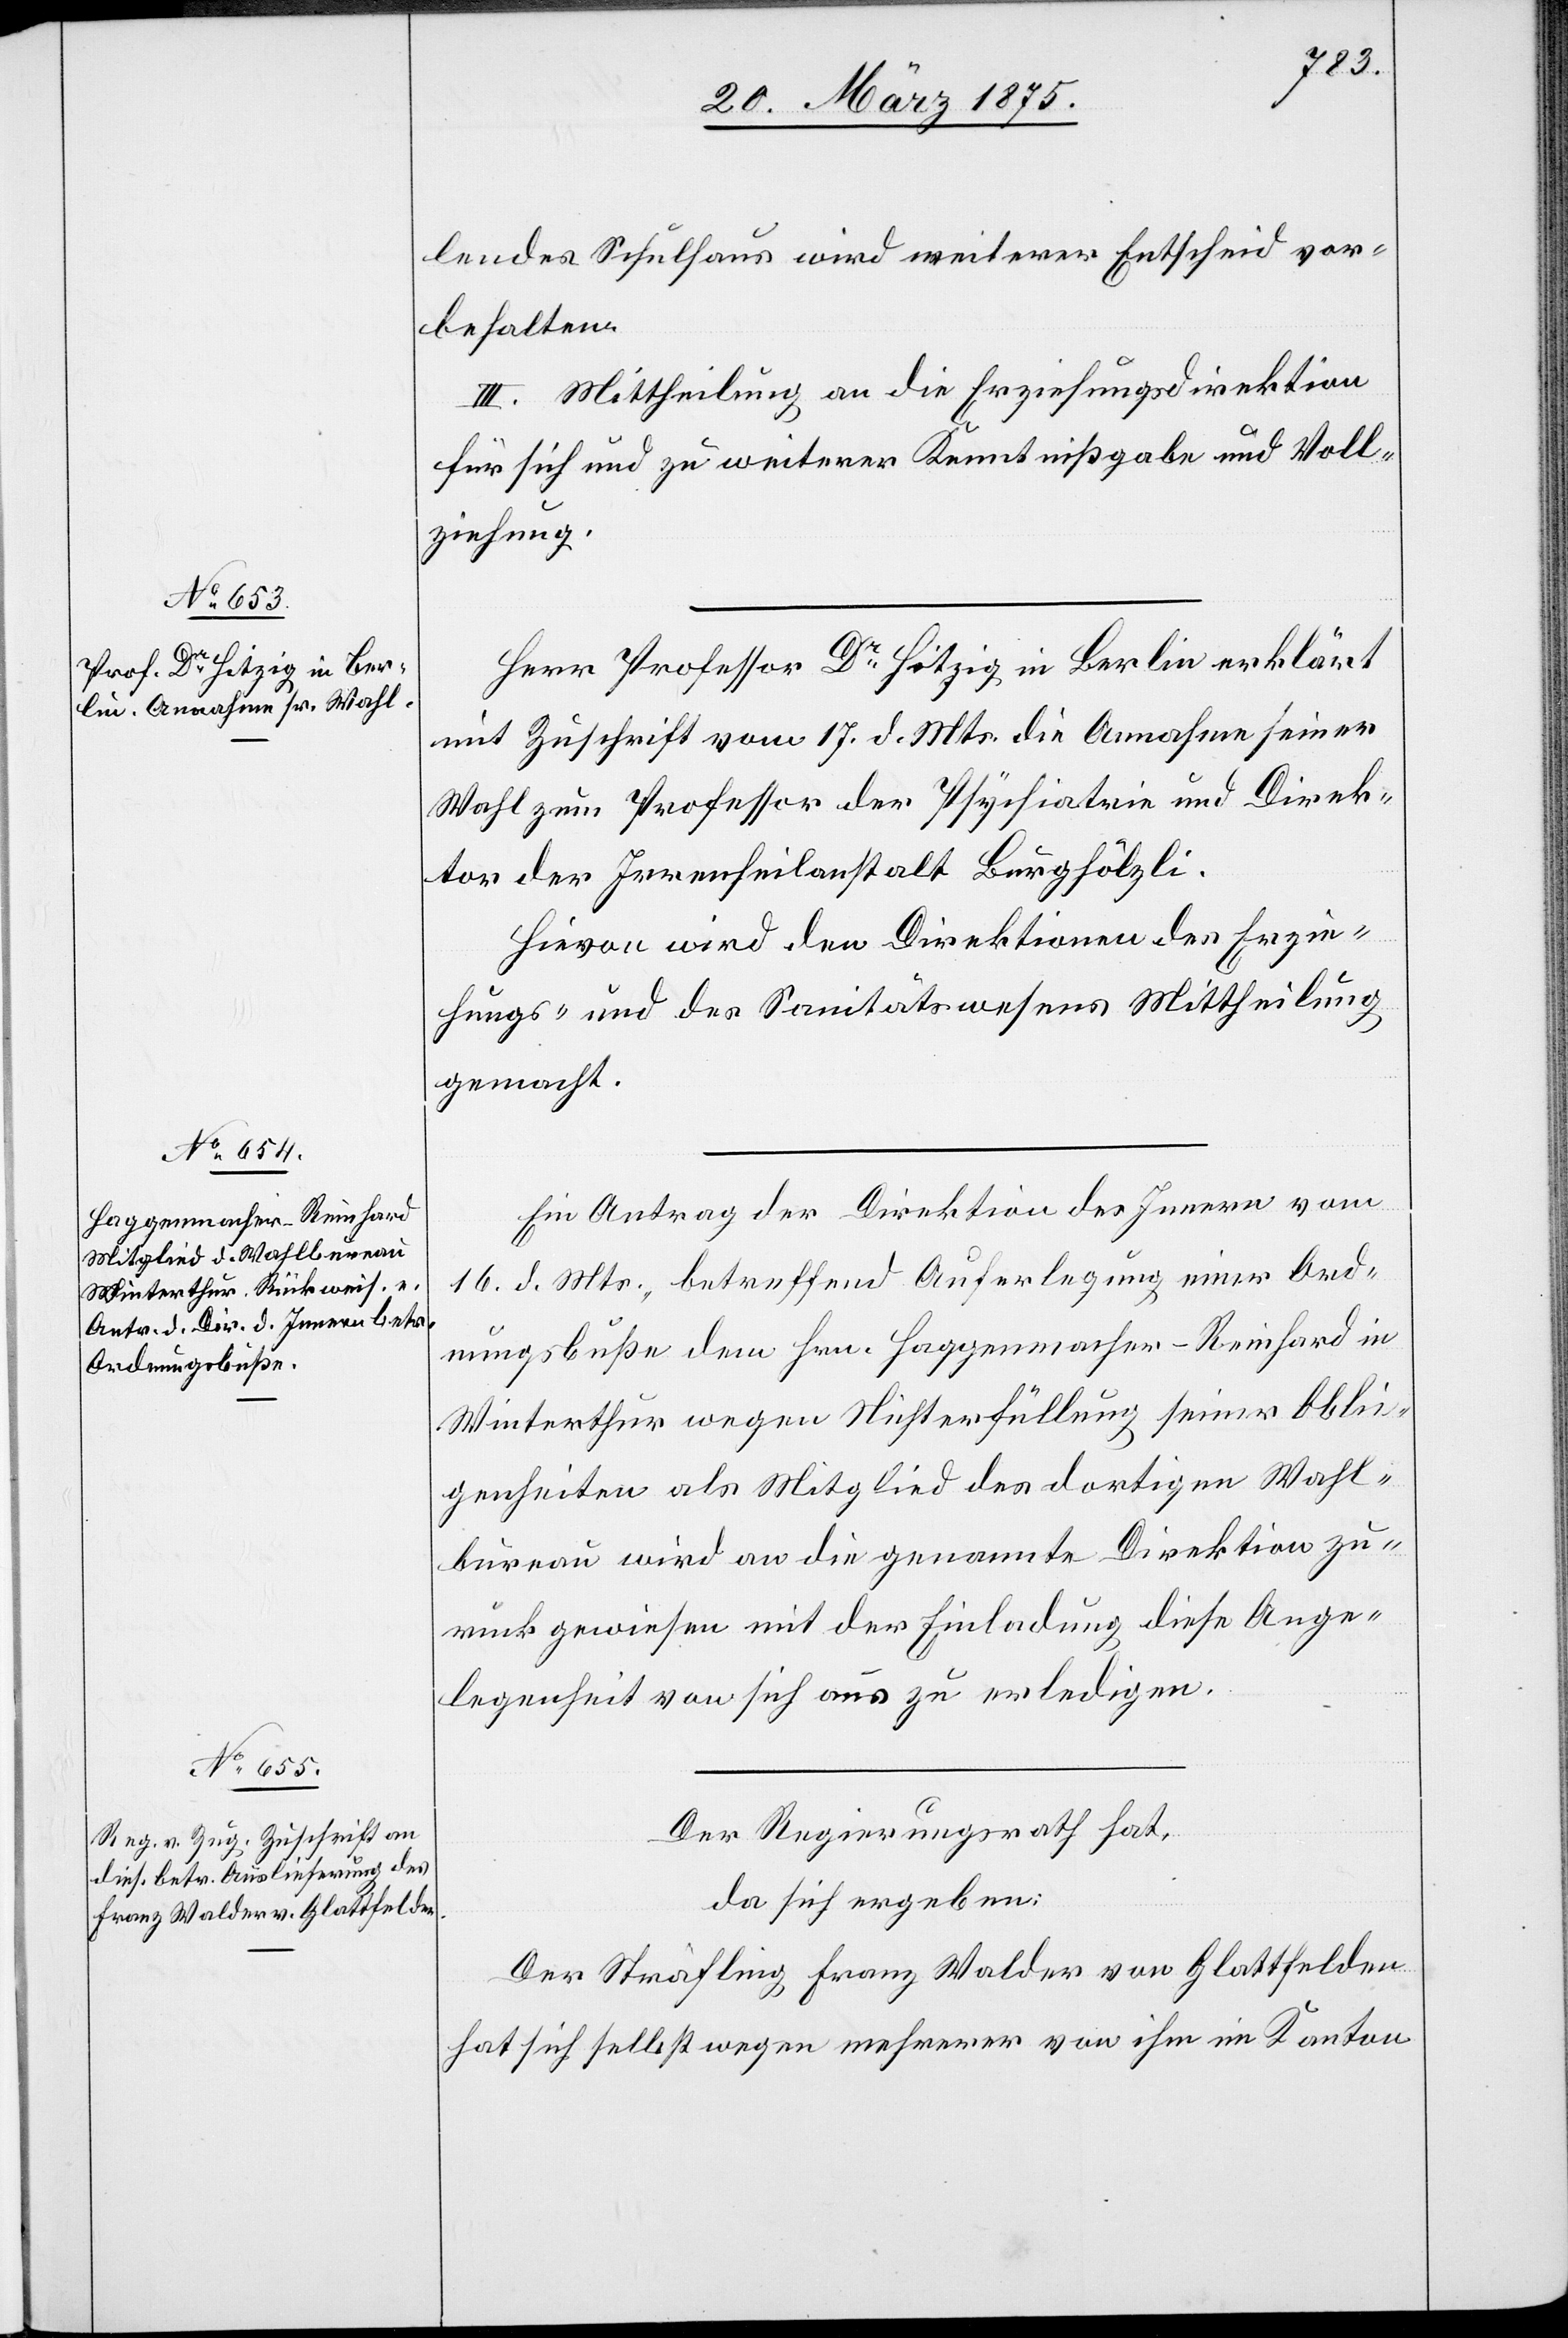
lendes Schulhaus wird weiterer Entscheid vor¬
behalten.
III. Mittheilung an die Erziehungsdirektion
für sich und zu weiterer Kenntnißgabe und Voll¬
ziehung.
Herr Professor Dr Hitzig in Berlin erklärt
mit Zuschrift vom 17. d. Mts die Annahme seiner
Wahl zum Professor der Psychiatrie und Direk¬
tor der Irrenheilanstalt Burghölzli.
Hievon wird den Direktionen der Erzie¬
hungs- und des Sanitätswesens Mittheilung
gemacht.
Ein Antrag der Direktion des Innern vom
16. d. Mts., betreffend Auferlegung einer Ord¬
nungsbuße dem Hrn. Haggenmacher-Reinhard in
Winterthur wegen Nichterfüllung seiner Oblie¬
genheiten als Mitglied des dortigen Wahl¬
bureau wird an die genannte Direktion zu¬
rückgewiesen mit der Einladung diese Ange¬
legenheit von sich aus zu erledigen.
Der Regierungsrath hat,
da sich ergeben:
Der Sträfling Franz Walder von Glattfelden
hat sich selbst wegen mehrerer von ihm im Kanton